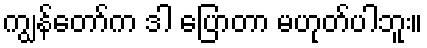
ကျွန်တော်က ဒါ ပြောတာ မဟုတ်ပါဘူး။